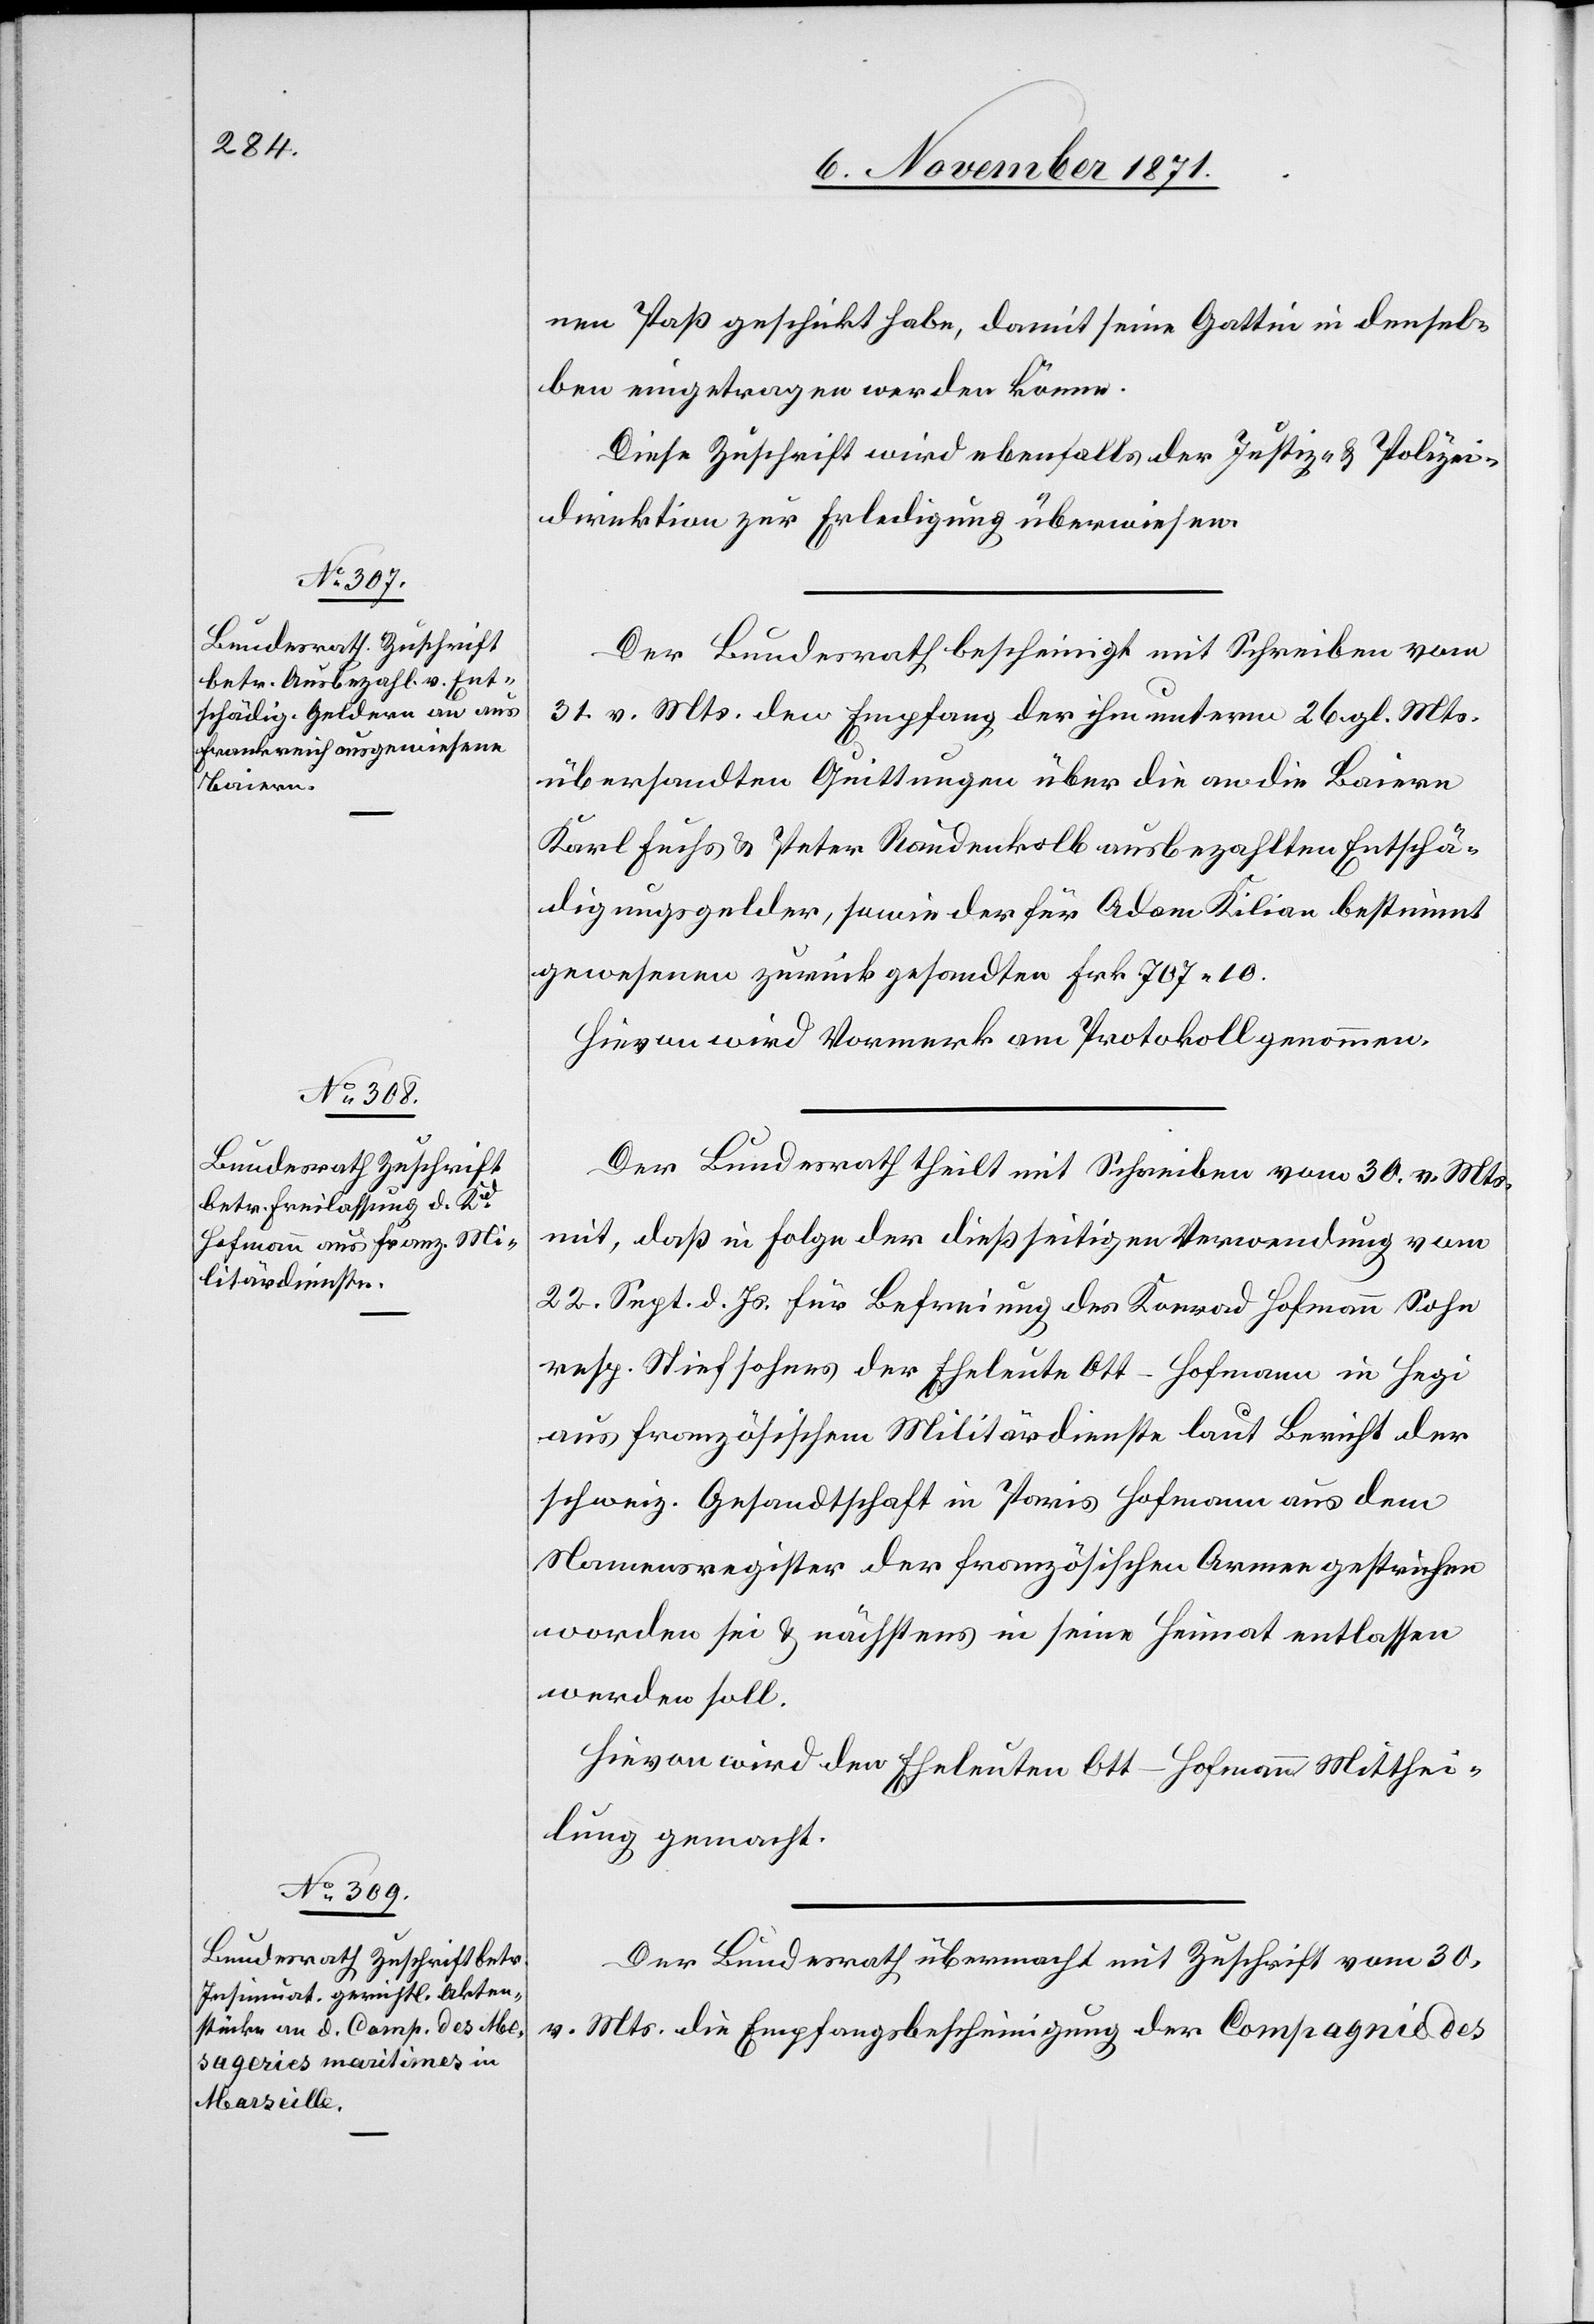
7. November 1871.]
nen Paß geschickt habe, damit seine Gattin in densel¬
ben eingetragen werden könne.
Diese Zuschrift wird ebenfalls der Justiz- & Polizei¬
direktion zur Erledigung überwiesen.
Der Bundesrath bescheinigt mit Schreiben vom
31. v. Mts. den Empfang der ihm unterm 26. gl. Mts.
übersandten Quittungen über die an die Baiern
Karl Fuchs & Peter Raudenkolb ausbezahlten Entschä¬
digungsgelder, sowie der für Adam Kilian bestimmt
gewesenen zurückgesandten Frk. 707,10.
Hievon wird Vormerk am Protokoll genommen.
Der Bundesrath theilt mit Schreiben vom 30. v. Mts.
mit, dass in Folge der dießseitigen Verordnung vom
22. Sept. d. Js. für Befreiung des Konrad Hofmann Sohn
resp. Stiefsohnes der Eheleute Ott-Hofmann in Hegi
aus französischem Militärdienste laut Bericht der
schweiz. Gesandtschaft in Paris Hofmann aus dem
Namensregister der französischen Armee gestrichen
worden sei & nächstens in seine Heimat entlassen
werden soll.
Hievon wird den Eheleuten Ott-Hofmann Mitthei¬
lung gemacht.
Der Bundesrath übermacht mit Zuschrift vom 30.
v. Mts. die Empfangsbescheinigung der Compagnie des